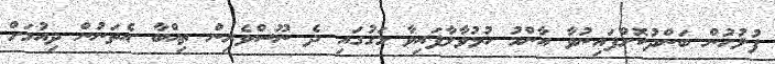
ފުލުހުން ބަންދުކޮށްފައިނުވާ އާންމު ހުޅުވާލާފައިވާ މަގުގައި ދެ ނޫސްވެރިން ތިއްބާ އެތަނުން ދިއުމަށް